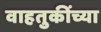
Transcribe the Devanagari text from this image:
वाहतुकींच्या